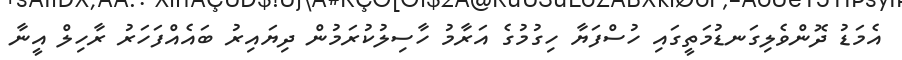
އެމަޑު ދޮންވެލިގަނޑުމަތީގައި ހުސްފަޔާ ހިގުމުގެ އަރާމު ހާސިލުކުރަމުން ދިޔައިރު ބައެއްފަހަރު ރާހިލް އީނާ